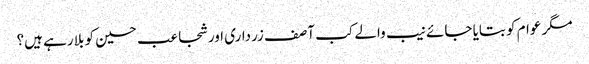
مگر عوام کو بتایا جائے نیب والے کب آصف زرداری اور شجاعب حسین کو بلا رہے ہیں؟